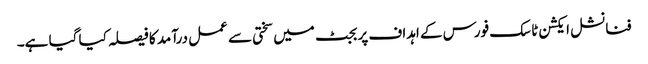
فنانشل ایکشن ٹاسک فورس کے اہداف پر بجٹ میں سختی سے عمل درآمد کا فیصلہ کیا گیا ہے۔